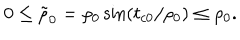
LaTeX: 0 \leq \tilde { \rho } _ { 0 } = \rho _ { 0 } \sin \left( t _ { c 0 } / \rho _ { 0 } \right) \leq \rho _ { 0 } .